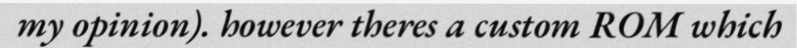
my opinion). however theres a custom ROM which